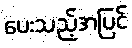
ပေးသည့်အပြင်